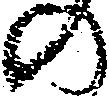
の